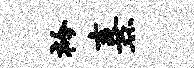
衿熹